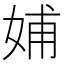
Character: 𡜵